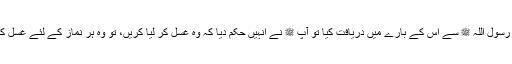
انہوں نے رسول اللہ ﷺ سے اس کے بارے میں دریافت کیا تو آپ ﷺ نے انہیں حکم دیا کہ وہ غسل کر لیا کریں، تو وہ ہر نماز کے لئے غسل کرتی تھیں۔